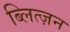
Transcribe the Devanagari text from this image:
ब्लित्ज़न